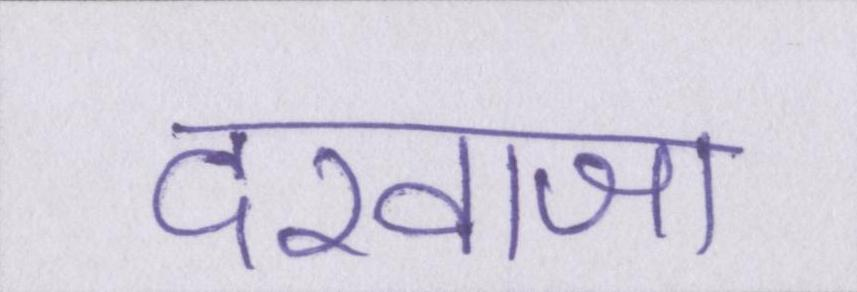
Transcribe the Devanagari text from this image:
दरवाजा